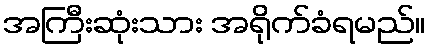
အကြီးဆုံးသား အရိုက်ခံရမည်။